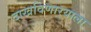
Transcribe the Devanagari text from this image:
दाखविणार्‍याला